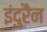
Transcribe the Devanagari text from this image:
इंदुरैन